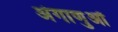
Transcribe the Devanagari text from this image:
अंगाणुओं